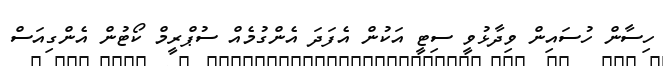
ހިސާން ހުސައިން ވިދާޅުވީ ސިޓީ އަކުން އެފަދަ އެންގުމެއް ސުޕްރީމް ކޯޓުން އެންގިއަސް